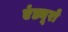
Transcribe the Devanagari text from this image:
एंड्यूरो